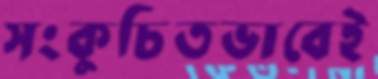
সংকুচিতভাবেই